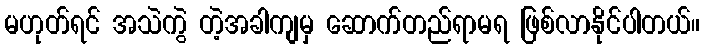
မဟုတ်ရင် အသဲကွဲ တဲ့အခါကျမှ ဆောက်တည်ရာမရ ဖြစ်လာနိုင်ပါတယ်။